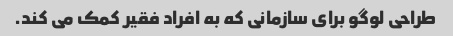
طراحی لوگو برای سازمانی که به افراد فقیر کمک می کند.